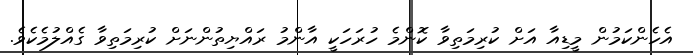
އެހެންކަމުން މީޑިއާ އަށް ކުރިމަތިވާ ކޮންމެ ހުރަހަކީ އާންމު ރައްޔިތުންނަށް ކުރިމަތިވާ ގެއްލުމެކެވެ.